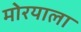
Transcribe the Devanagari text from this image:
मोरयाला